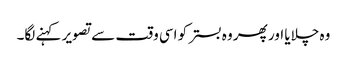
وہ چلایا اور پھر وہ بستر کو اسی وقت سے تصویر کہنے لگا۔